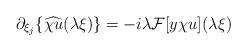
LaTeX: \begin{align*} &\partial_{\xi_j}\{\widehat{\chi u}(\lambda\xi)\} =-i\lambda \mathcal{F}[y\chi u](\lambda\xi) \end{align*}